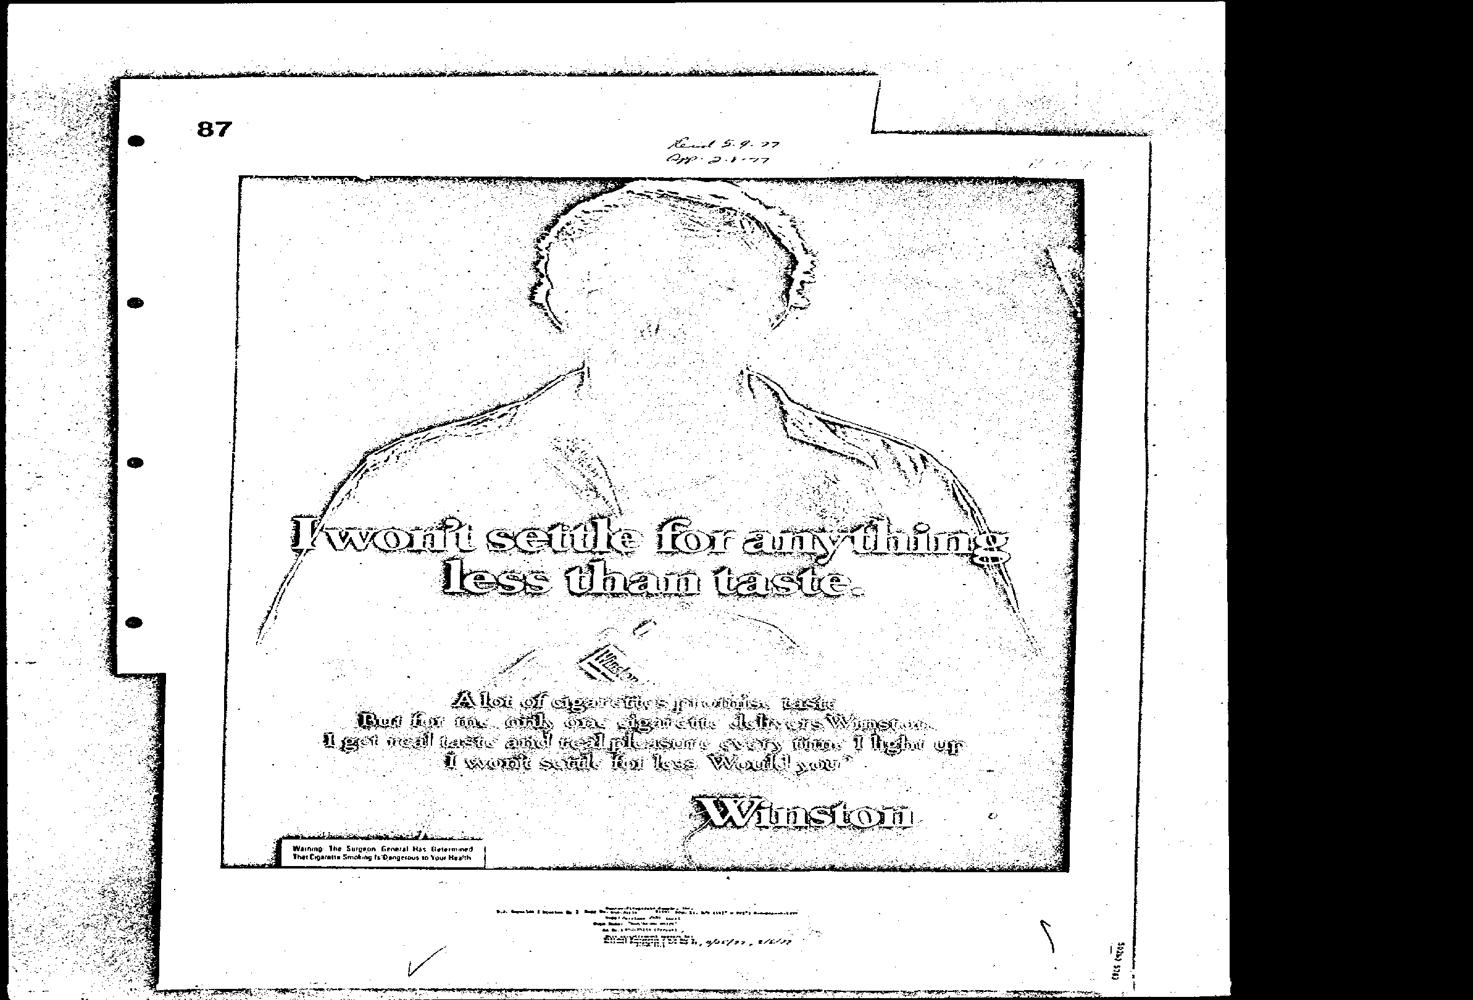
Yada
 Warning: Whe Surgeon Geoeral as ed |
 WoerEigarae Seobing teDangetous wo Your Heath |